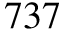
7 3 7